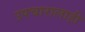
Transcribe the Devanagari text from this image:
उपचारालाही